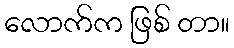
လောက်က ဖြစ် တာ။